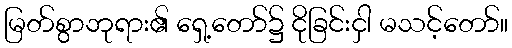
မြတ်စွာဘုရား၏ ရှေ့တော်၌ ငိုခြင်းငှါ မသင့်တော်။